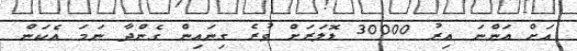
އަށް އަންނަ އިރު 30000 ޑޮލަރަށް ވުރެ ގިނައިން ގެންދާ ނަމަ އެކަން